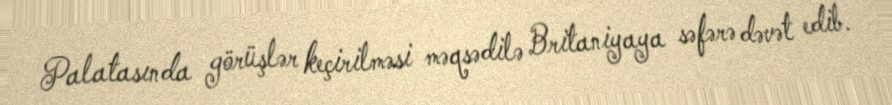
Palatasında görüşlər keçirilməsi məqsədilə Britaniyaya səfərə dəvət edib.